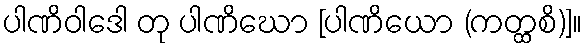
ပါဏိဝါဒေါ တု ပါဏိဃော [ပါဏိယော (ကတ္ထစိ)]။